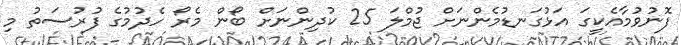
ފޮނުވުމާއެކީގަ އަޅުގަނޑުމެންނަށް ޖުމްލަ 25 ކުދިންނަށް ބޯން މެރޯ ހެދުމުގެ ފުރުސަތު މި